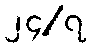
၂၄/၇